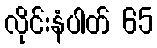
လိုင်းနံပါတ် 65